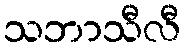
သဘာသီလီ